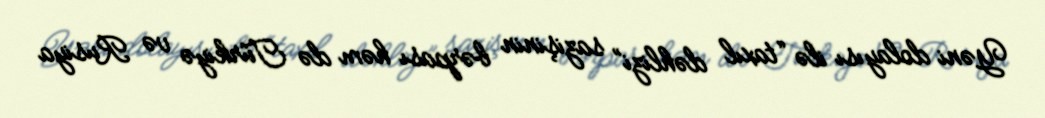
Yəni dolayısı ilə “taxıl dəhlizi” sazişinin bərpası həm də Türkiyə və Rusiya